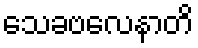
သေခဗလေနာတိ